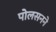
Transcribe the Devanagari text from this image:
पोलसनने